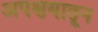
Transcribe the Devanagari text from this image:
अपक्षयातून